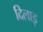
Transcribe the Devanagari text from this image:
दिलाइ